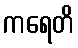
ကရေတိ